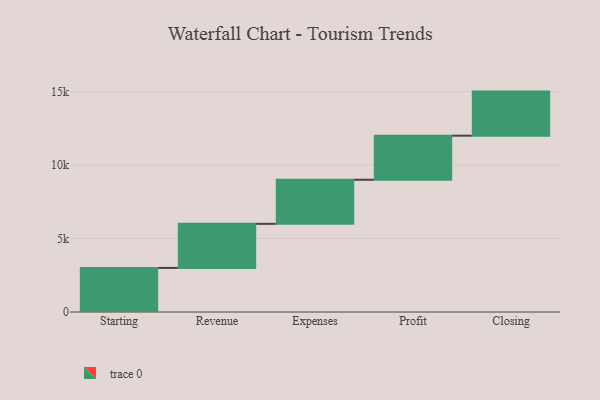
{"axis": {"x": "Step", "y": "Value"}, "legend": [""], "data": [{"x": "Starting", "y": 3000, "type": ""}, {"x": "Revenue", "y": 3000, "type": ""}, {"x": "Expenses", "y": 3000, "type": ""}, {"x": "Profit", "y": 3000, "type": ""}, {"x": "Closing", "y": 3000, "type": ""}]}